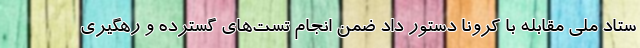
ستاد ملی مقابله با کرونا دستور داد ضمن انجام تست‌های گسترده و رهگیری